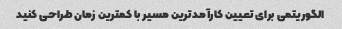
الگوریتمی برای تعیین کارآمدترین مسیر با کمترین زمان طراحی کنید